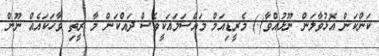
ކަންކަން އޮޅުވާލަން ނޫޅުއްވާ(.) މެރީޑިއަމް މައްސަލައަކީވެސް ދައްކަން މާ ރީތި ވާހަކައެއް ނޫން